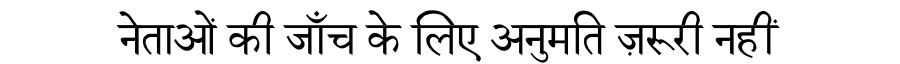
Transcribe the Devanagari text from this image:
नेताओं की जाँच के लिए अनुमति ज़रूरी नहीं